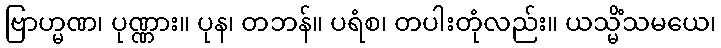
ဗြာဟ္မဏ၊ ပုဏ္ဏား။ ပုန၊ တဘန်။ ပရံစ၊ တပါးတုံလည်း။ ယသ္မိံသမယေ၊